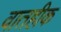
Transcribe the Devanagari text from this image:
वातहीक